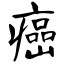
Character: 癌